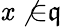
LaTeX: \mathit{x}\not{\in}{\mathfrak{{q}}}